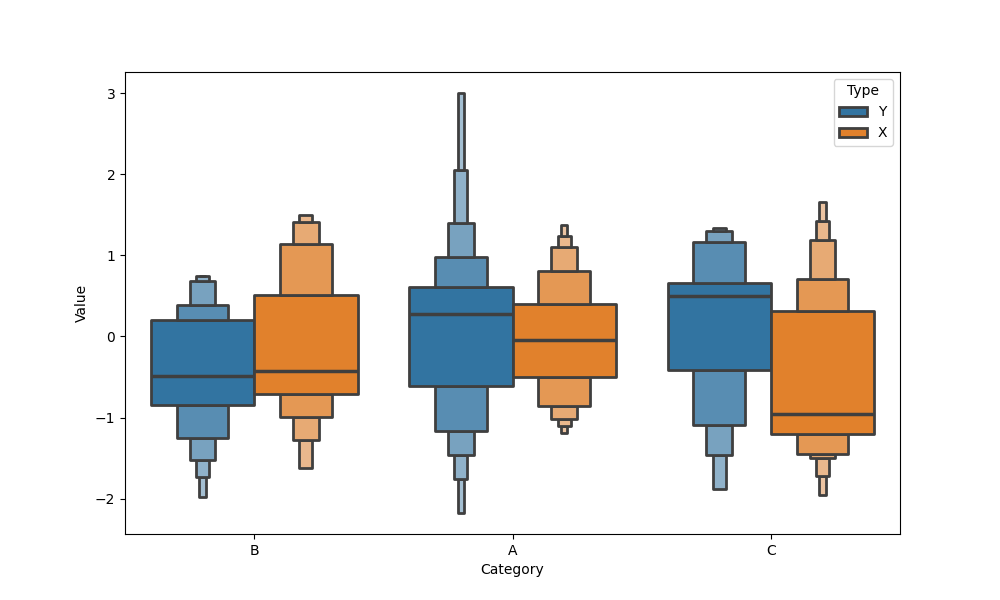
python, seaborn, boxenplot, k_depth='full', linewidth=2, scale='exponential', outlier_prop=0.1, showfliers=False